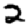
Digit: 2